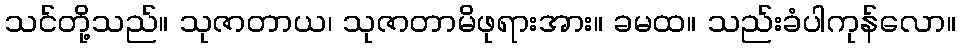
သင်တို့သည်။ သုဇာတာယ၊ သုဇာတာမိဖုရားအား။ ခမထ။ သည်းခံပါကုန်လော။